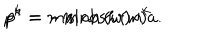
p ^ { k } = m \sinh { ( w ) } n ^ { k } \hspace { 1 c m } p ^ { 4 } = - m \cosh { ( w ) } a .